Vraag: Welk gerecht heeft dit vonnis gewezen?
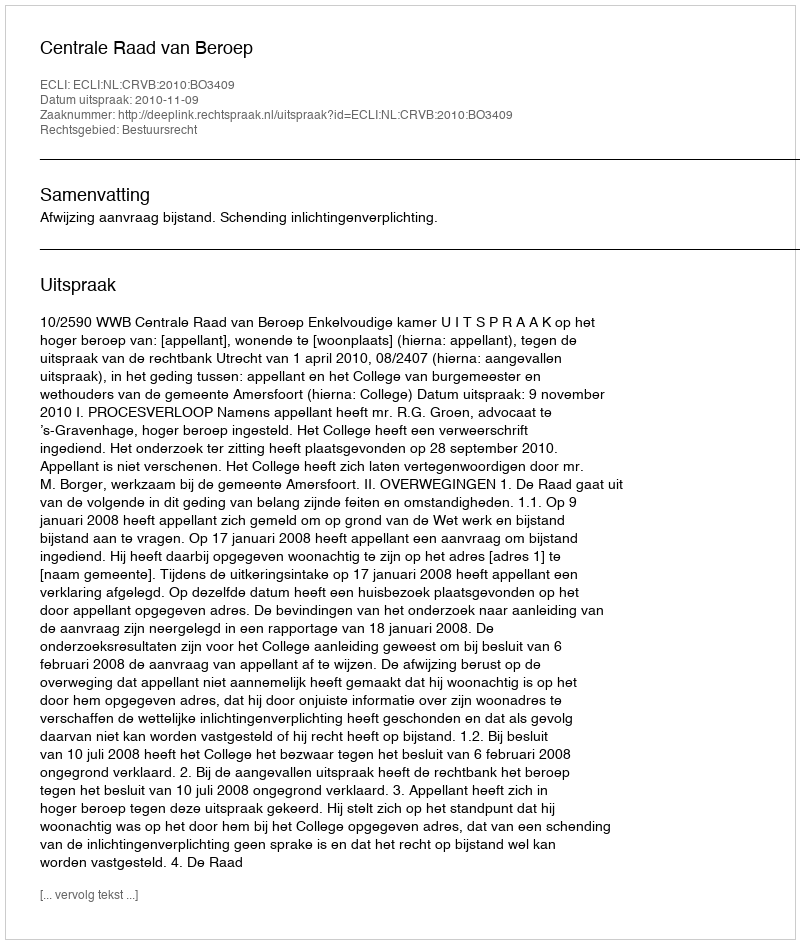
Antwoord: Centrale Raad van Beroep